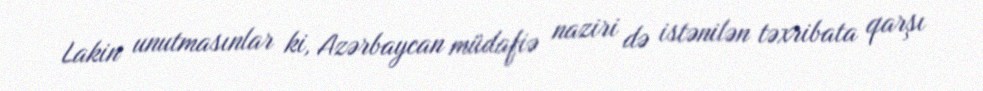
Lakin unutmasınlar ki, Azərbaycan müdafiə naziri də istənilən təxribata qarşı